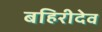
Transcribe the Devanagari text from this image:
बहिरीदेव